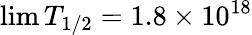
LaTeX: \operatorname*{lim}T_{1/2}=1.8\times 10^{18}